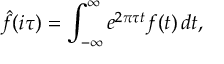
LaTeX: { \hat { f } } ( i \tau ) = \int _ { - \infty } ^ { \infty } e ^ { 2 \pi \tau t } f ( t ) \, d t ,